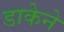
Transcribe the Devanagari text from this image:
डाकेने